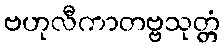
ဗဟုလီကာတဗ္ဗသုတ္တံ